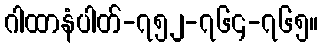
ဂါထာနံပါတ်-၇၅၂-၇၆၄-၇၆၅။